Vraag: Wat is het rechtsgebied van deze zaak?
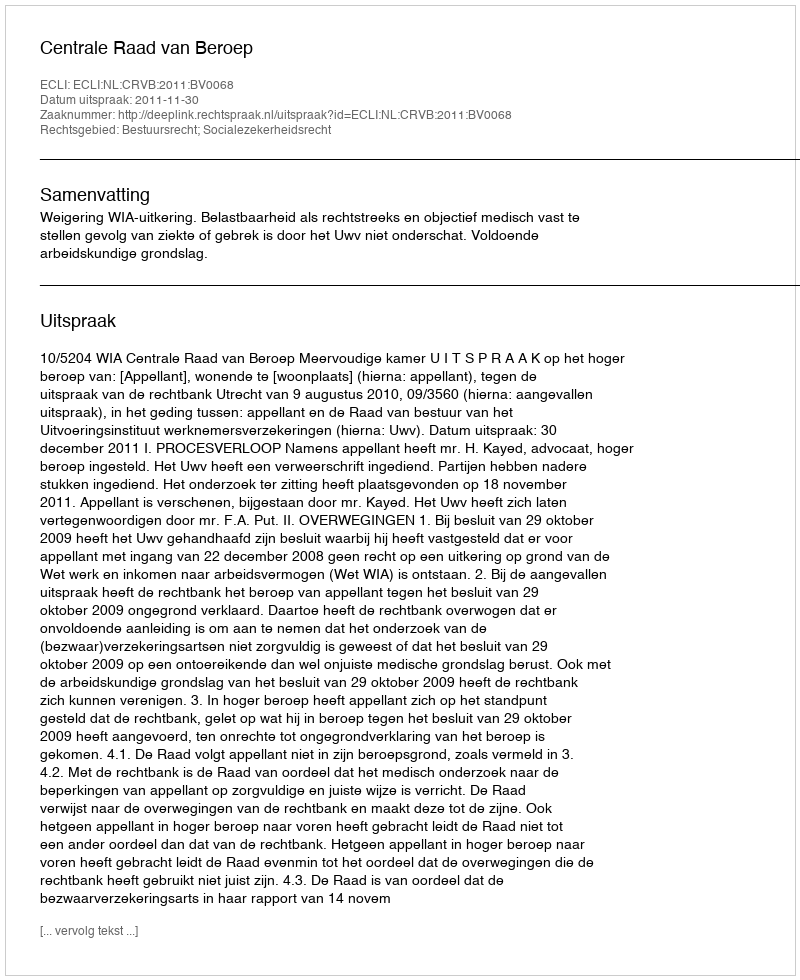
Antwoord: Bestuursrecht; Socialezekerheidsrecht